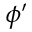
\phi ^ { \prime }